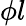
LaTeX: \phi l